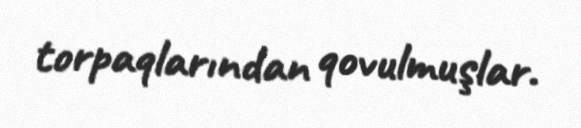
torpaqlarından qovulmuşlar.